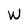
Character: W